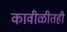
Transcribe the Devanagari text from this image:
कावीळीतही